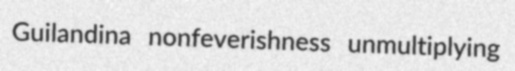
Guilandina nonfeverishness unmultiplying